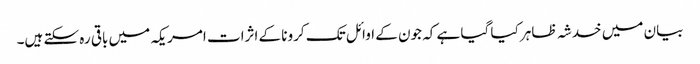
بیان میں خدشہ ظاہر کیا گیا ہے کہ جون کے اوائل تک کرونا کے اثرات امریکہ میں باقی رہ سکتے ہیں۔